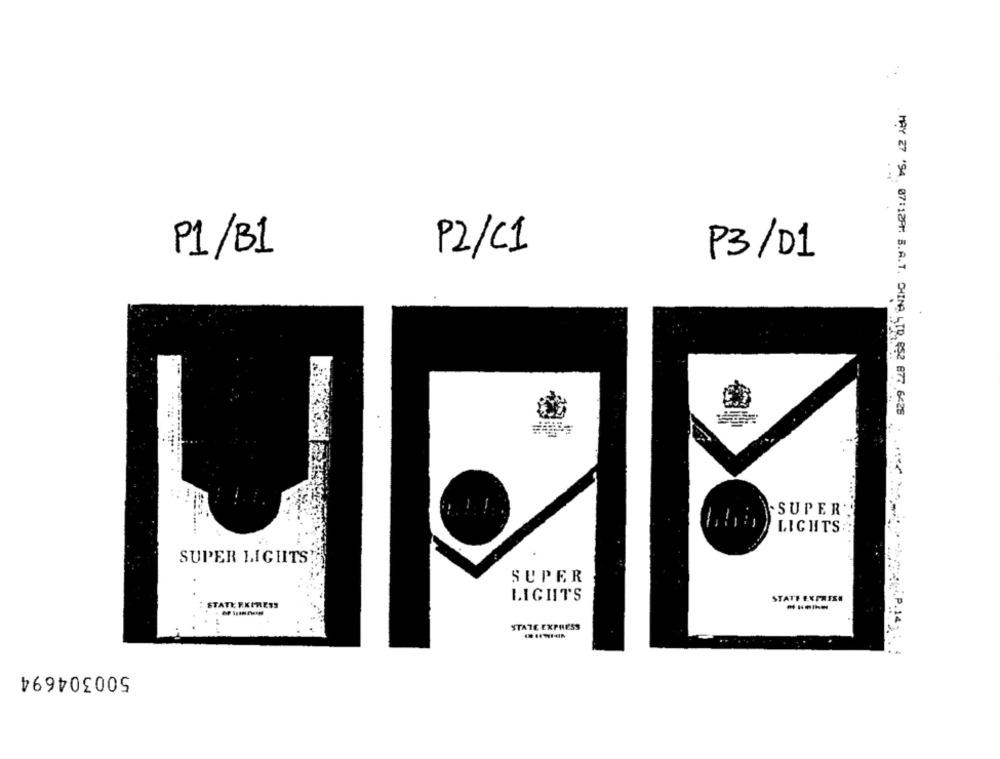
P1/B1
P2/C1
P3/01
SUPER
MAY 27 '94, 07:1297: B.A.T. CHINA LTD, 852 877 6225
LIGHTS:
SUPER LIGHTS'
SUPER
LIGHTS
STATE EXPRISE
STATE REPRESS
STATE EXPRESS
..
500304694